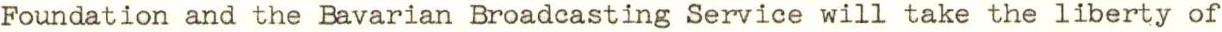
Foundation and the Bavarian Broadcasting Service will take the liberty of